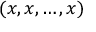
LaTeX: ( x , x , \ldots , x )